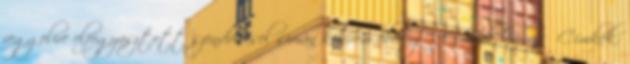
reggelire elfogyasztott szendviccsel simán kibírom ebédig.” Chuck Norris Címkék: